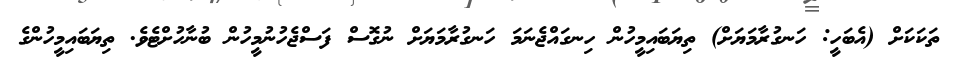
ތަކަކަށް (އެބަހީ: ހަނގުރާމަޔަށް) ތިޔަބައިމީހުން ހިނގައްޖެނަމަ ހަނގުރާމަޔަށް ނުގޮސް ފަސްޖެހުނުމީހުން ބުނާހުށްޓެވެ. ތިޔަބައިމީހުންގެ